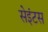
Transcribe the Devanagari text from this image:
सेइंटस